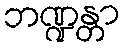
ဘဏ္ဍန္တာ